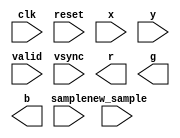
module wave_display_top(
    input clk,
    input reset,
    input new_sample,
    input [15:0] sample,
    input [10:0] x,  // [0..1279]
    input [9:0]  y,  // [0..1023]     
    input valid,
    input vsync,
    output [7:0] r,
    output [7:0] g,
    output [7:0] b
);

// Implement me!
endmodule